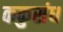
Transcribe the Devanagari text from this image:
ककुसंध